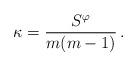
LaTeX: \begin{align*} \kappa = \frac{S^\varphi}{m(m-1)} \, .\end{align*}